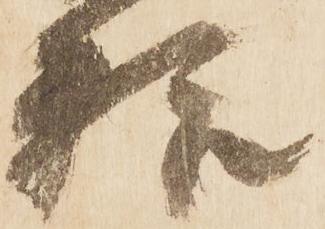
粮